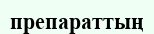
препараттың